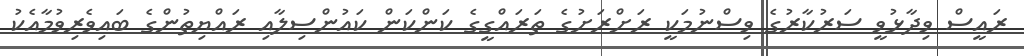
ރައީސް ވިދާޅުވީ ސަރުކާރުގެ ވިސްނުމަކީ ރަށްރަށުގެ ތަރައްގީގެ ކަންކަން ކައުންސިލާއި ރައްޔިތުންގެ ބައިވެރިވުމާއެކު